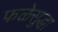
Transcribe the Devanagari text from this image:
फळेसुद्धा